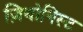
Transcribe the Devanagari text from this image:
ज़ियोनिस्ट